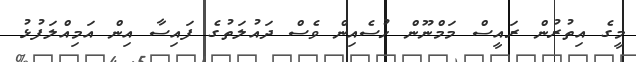
މީގެ އިތުރުން ރައީސް މަމްނޫން ހުސެއިން ވެސް ދައުލަތުގެ ފައިސާ އިން އަމިއްލަފުޅު